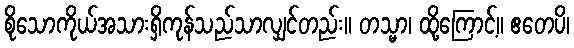
စိုသောကိုယ်အသားရှိကုန်သည်သာလျှင်တည်း။ တသ္မာ၊ ထို့ကြောင့်။ ဧတေပိ၊